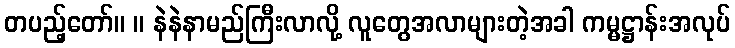
တပည့်တော်။ ။ နဲနဲနာမည်ကြီးလာလို့ လူတွေအလာများတဲ့အခါ ကမ္မဋ္ဌာန်းအလုပ်